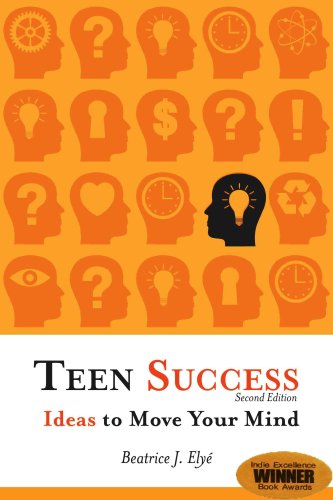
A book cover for Teen Success: Ideas to Move Your Mind; Beatrice J. Elye; Health, Fitness & Dieting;